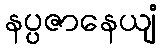
နပ္ပဇာနေယျံ